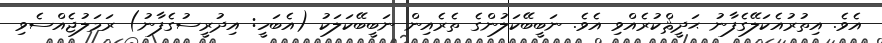
އެވެ. އިތުރުއެކަލޭގެފާނު ޙަދީޘްކުރެއްވި އެވެ. ނަބީބޭކަލުންގެ ތެރެއިން ނަބީބޭކަލަކު (އެބަހީ: އިދުރީސުގެފާނު) ރަމަލުޖެއްސެވި